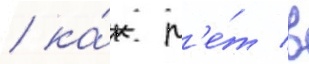
/ ка́к л'е́т в